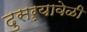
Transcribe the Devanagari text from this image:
दुसऱ्यावेळी